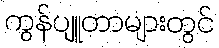
ကွန်ပျူတာများတွင်